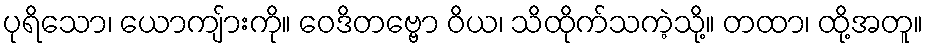
ပုရိသော၊ ယောကျ်ားကို။ ဝေဒိတဗ္ဗော ဝိယ၊ သိထိုက်သကဲ့သို့။ တထာ၊ ထို့အတူ။